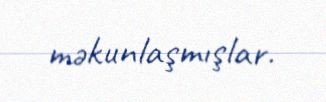
mәkunlaşmışlar.